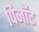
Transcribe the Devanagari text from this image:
पिनॉट